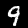
Label: 9